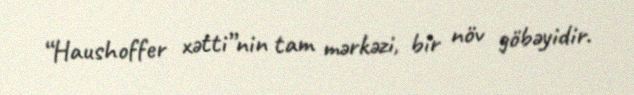
“Haushoffer xətti”nin tam mərkəzi, bir növ göbəyidir.